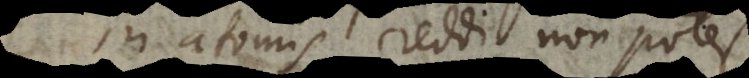
in atomis reddi non potest.